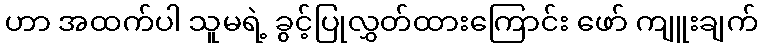
ဟာ အထက်ပါ သူမရဲ့ ခွင့်ပြုလွှတ်ထားကြောင်း ဖော် ကျူးချက်